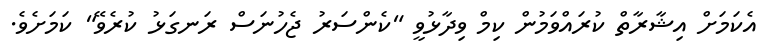
އެކަމަށް އިޝާރާތް ކުރައްވަމުން ކިމް ވިދާޅުވީ "ކެންސަރު ޖެހުނަސް ރަނގަޅު ކުރެވޭ" ކަމަށެވެ.